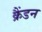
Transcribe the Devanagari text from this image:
क्रैंडन